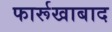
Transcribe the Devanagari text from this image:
फार्रूखाबाद